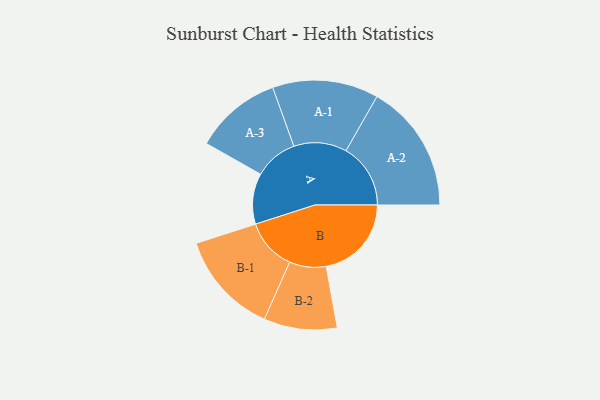
{"axis": {"x": "Segment", "y": "Value"}, "legend": ["", "A", "B"], "data": [{"x": "A", "y": 220, "type": ""}, {"x": "B", "y": 370, "type": ""}, {"x": "A-1", "y": 230, "type": "A"}, {"x": "A-2", "y": 280, "type": "A"}, {"x": "A-3", "y": 189, "type": "A"}, {"x": "B-1", "y": 224, "type": "B"}, {"x": "B-2", "y": 159, "type": "B"}]}